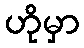
ဟိုမှာ